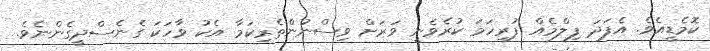
ކޮމެޑީއެވެ. އެފަދަ ފިލްމެއް ފުރިހަމަ ކުރެވެނީ ވަރަށް ވިސްނުންތެރިކަމާ އެކު ވާހަކަ ގެނެސްދީގެންނެވެ.